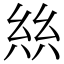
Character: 𢇃